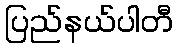
ပြည်နယ်ပါတီ